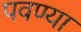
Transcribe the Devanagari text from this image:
पवण्या